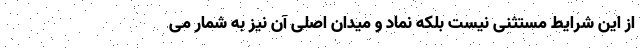
از این شرایط مستثنی نیست بلکه نماد و میدان اصلی آن نیز به شمار می